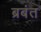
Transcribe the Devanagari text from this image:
ब्रबंत